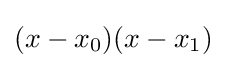
(x-x_{0})(x-x_{1})